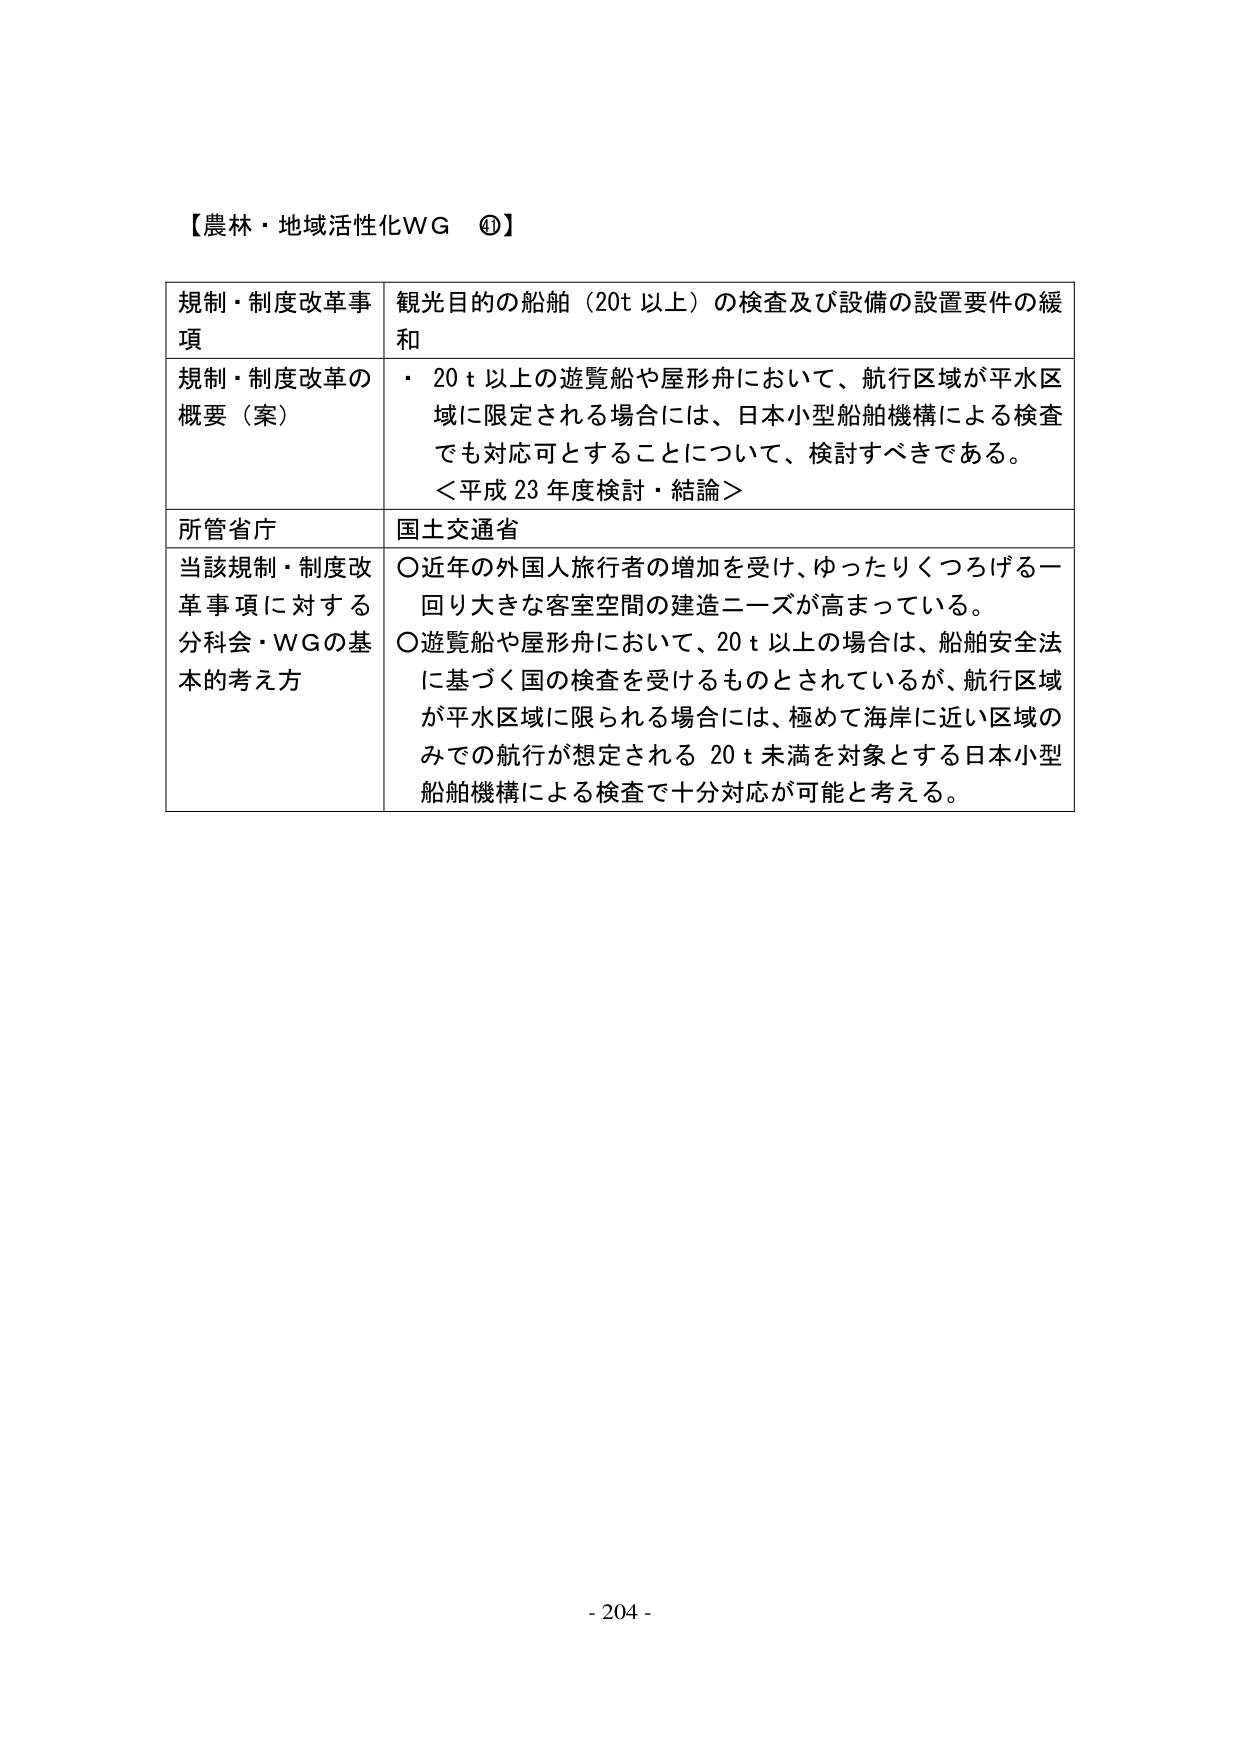
【農林・地域活性化WG ④】

規制・制度改革事項　観光目的の船舶（20t 以上）の検査及び設備の設置要件の緩和

規制・制度改革の概要（案）　・ 20 t 以上の遊覧船や屋形舟において、航行区域が平水区域に限定される場合には、日本小型船舶機構による検査でも対応可とすることについて、検討すべきである。
＜平成 23 年度検討・結論＞

所管省庁　国土交通省

当該規制・制度改革事項に対する分科会・WGの基本的考え方　○近年の外国人旅行者の増加を受け、ゆったりくつろげる一回り大きな客室空間の建造ニーズが高まっている。
○遊覧船や屋形舟において、20 t 以上の場合、船舶安全法に基づく国の検査を受けるものとされているが、航行区域が平水区域に限られる場合には、極めて海岸に近い区域のみでの航行が想定される 20 t 未満を対象とする日本小型船舶機構による検査で十分対応が可能と考える。

- 204 -